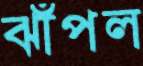
ঝাঁপল